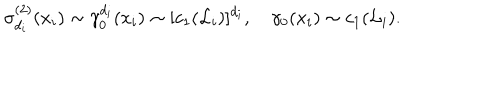
\sigma _ { d _ { i } } ^ { ( 2 ) } ( x _ { i } ) \sim \gamma _ { 0 } ^ { d _ { i } } ( x _ { i } ) \sim [ c _ { 1 } ( { \cal L } _ { i } ) ] ^ { d _ { i } } , \quad \gamma _ { 0 } ( x _ { i } ) \sim c _ { 1 } ( { \cal L } _ { i } ) .